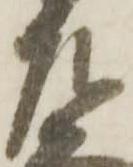
左